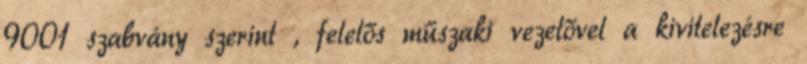
9001 szabvány szerint , felelős műszaki vezetővel a kivitelezésre